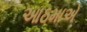
આઠમાએ